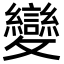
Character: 變